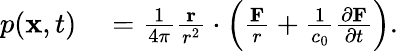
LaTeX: \begin{array}{rl}{p(\mathbf{x},t)}&{{}=\frac{1}{4\pi}\frac{\mathbf{r}}{r^{2}}\cdot\left(\frac{\mathbf{F}}{r}+\frac{1}{c_{0}}\frac{\partial\mathbf{F}}{\partial t}\right).}\end{array}